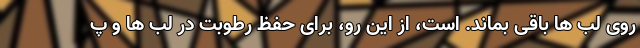
روی لب ها باقی بماند. است، از این رو، برای حفظ رطوبت در لب ها و پ